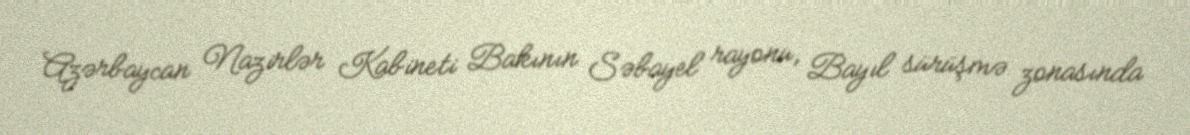
Azərbaycan Nazirlər Kabineti Bakının Səbayel rayonu, Bayıl sürüşmə zonasında